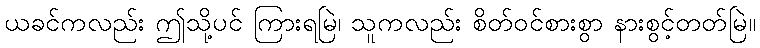
ယခင်ကလည်း ဤသို့ပင် ကြားရမြဲ၊ သူကလည်း စိတ်ဝင်စားစွာ နားစွင့်တတ်မြဲ။